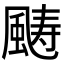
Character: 𩗡